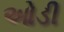
ઓડી